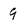
Character: 9